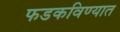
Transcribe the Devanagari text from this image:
फडकविण्यात